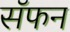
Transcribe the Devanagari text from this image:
सॅफन